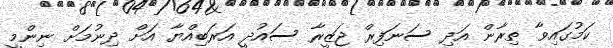
ކަމުގައިވާ ތިރާން އަދި ސަނަފިރް ޖަޒީރާ ސައުދީ އަރަބިއްޔާ އަށް ދިނުމަށް ނިންމީ